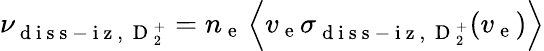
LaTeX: \nu_{\mathrm{~d~i~s~s~-~i~z~,~}\mathrm{~D~}_{2}^{+}}=n_{\mathrm{~e~}}\left\langle v_{\mathrm{~e~}}\sigma_{\mathrm{~d~i~s~s~-~i~z~,~}\mathrm{~D~}_{2}^{+}}(v_{\mathrm{~e~}})\right\rangle